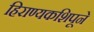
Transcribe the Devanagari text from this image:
हिराण्यकशिपूने